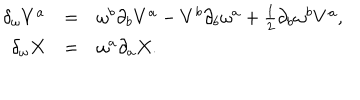
\begin{array} { r c l } { { \delta _ { \omega } V ^ { a } } } & { { = } } & { { \omega ^ { b } \partial _ { b } V ^ { a } - V ^ { b } \partial _ { b } \omega ^ { a } + { \textstyle { \frac { 1 } { 2 } } } \partial _ { b } \omega ^ { b } V ^ { a } , } } \\ { { \delta _ { \omega } X } } & { { = } } & { { \omega ^ { a } \partial _ { a } X . } } \\ \end{array}